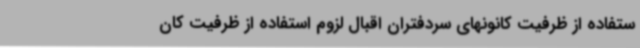
ستفاده از ظرفیت کانونهای سردفتران اقبال لزوم استفاده از ظرفیت کان